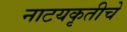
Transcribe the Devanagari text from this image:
नाटयकृतीचे